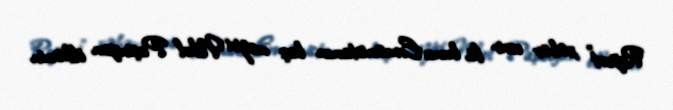
Report" xəbər verir ki, bunu Ermənistanın baş naziri Nikol Paşinyan ölkənin